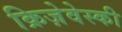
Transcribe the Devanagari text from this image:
क्रिज़ेवेस्की